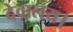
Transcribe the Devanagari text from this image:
देवालय।